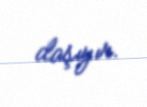
daşıyır.